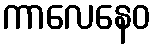
ကာလေနေဝ